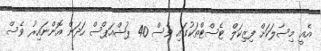
އެއީ މިސާލަކަށް ފިޒިކަލް ޓެސްޓްތަކުގައި ވެސް 40 ޕުޝްއަޕްސް ހަދަން އޮންނައިރު ވެސް